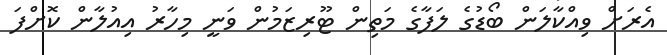
އެރަށް ވިއްކާލަން ބޯޑުގެ ލަފާގެ މަތިން ޓޫރިޒަމުން ވަނީ މިހާރު އިއުލާން ކޮށްފަ